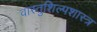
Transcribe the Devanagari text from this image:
वास्तुशिल्पशास्त्र